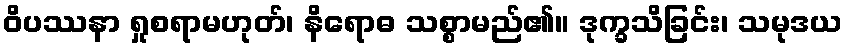
ဝိပဿနာ ရှုစရာမဟုတ်၊ နိရောဓ သစ္စာမည်၏။ ဒုက္ခသိခြင်း၊ သမုဒယ